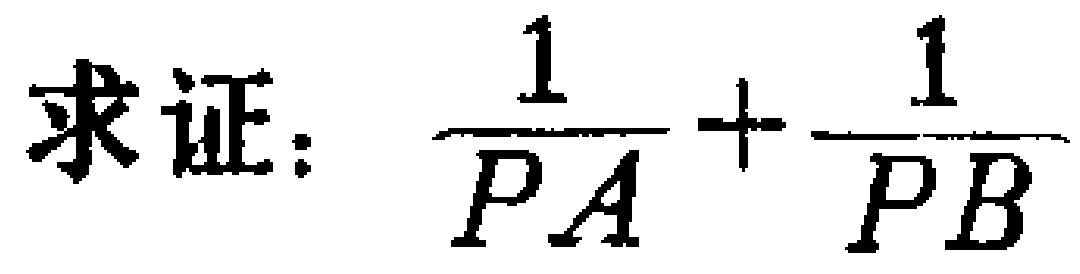
求证：$\frac{1}{PA}+\frac{1}{PB}$